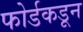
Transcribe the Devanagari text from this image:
फोर्डकडून